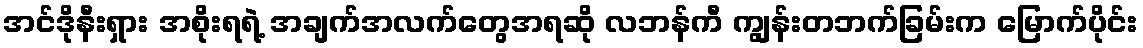
အင်ဒိုနီးရှား အစိုးရရဲ့ အချက်အလက်တွေအရဆို လဘန်ကီ ကျွန်းတဘက်ခြမ်းက မြောက်ပိုင်း